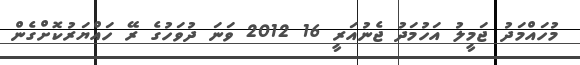
މުހައްމަދު ޖަމީލު އަހުމަދު ޖެނުއަރީ 16 2012 ވަނަ ދުވަހުގެ ރޭ ހައްޔަރުކޮށްގެން